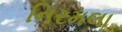
નિરમલા